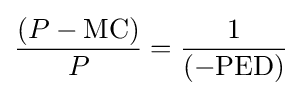
{\frac {\left(P-{\text{MC}}\right)}{P}}={\frac {1}{\left(-{\text{PED}}\right)}}